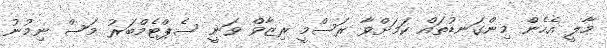
މާލީ އެހެން މިންގަނޑުތައް ކަމަށްވާ ރަސްމީ ރިޒާވް ވަނީ ސެޕްޓެމްބަރު މަސް ނިމުނު